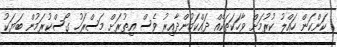
ކަންކަން ހައްލު ކުރުމަށް ވާހަކަތަކެއް ދައްކަމުންދާއިރު ވެސް އިތުރަށް މަސްރަހު ގޯސްކުރަމުން ބަޔަކު